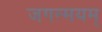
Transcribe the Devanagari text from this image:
जगन्मयम्